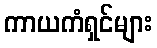
ကာယကံရှင်များ